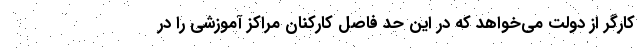
کارگر از دولت می‌خواهد که در این حد فاصل کارکنان مراکز آموزشی را در